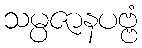
သမ္ပဇာနပဗ္ဗံ